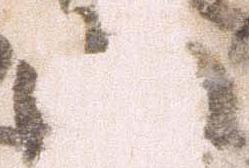
山